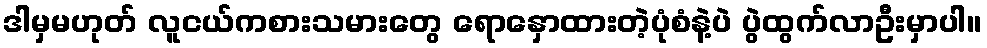
ဒါမှမဟုတ် လူငယ်ကစားသမားတွေ ရောနှောထားတဲ့ပုံစံနဲ့ပဲ ပွဲထွက်လာဦးမှာပါ။